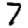
Digit: 7